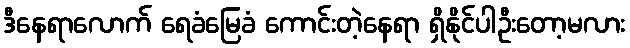
ဒီနေရာလောက် ရေခံမြေခံ ကောင်းတဲ့နေရာ ရှိနိုင်ပါဦးတော့မလား